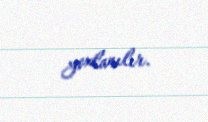
yoxlanılır.